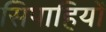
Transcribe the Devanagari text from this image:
सिपाहियोँ